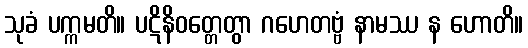
သုခံ ပက္ကမတိ။ ပဋိနိဝတ္တေတွာ ဂဟေတဗ္ဗံ နာမဿ န ဟောတိ။